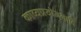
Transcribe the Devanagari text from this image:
काव्यप्रयोजनादि